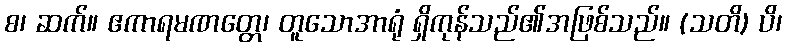
စ၊ ဆက်။ ဧကာရမဏတ္တေ၊ တူသောအာရုံ ရှိကုန်သည်၏အဖြစ်သည်။ (သတိ) ပိ၊